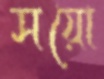
সয়ো